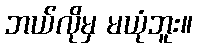
ဘယ်လိုမှ မယုံဘူး။